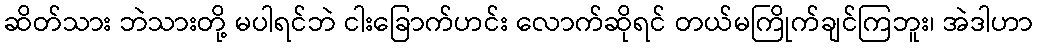
ဆိတ်သား ဘဲသားတို့ မပါရင်ဘဲ ငါးခြောက်ဟင်း လောက်ဆိုရင် တယ်မကြိုက်ချင်ကြဘူး၊ အဲဒါဟာ